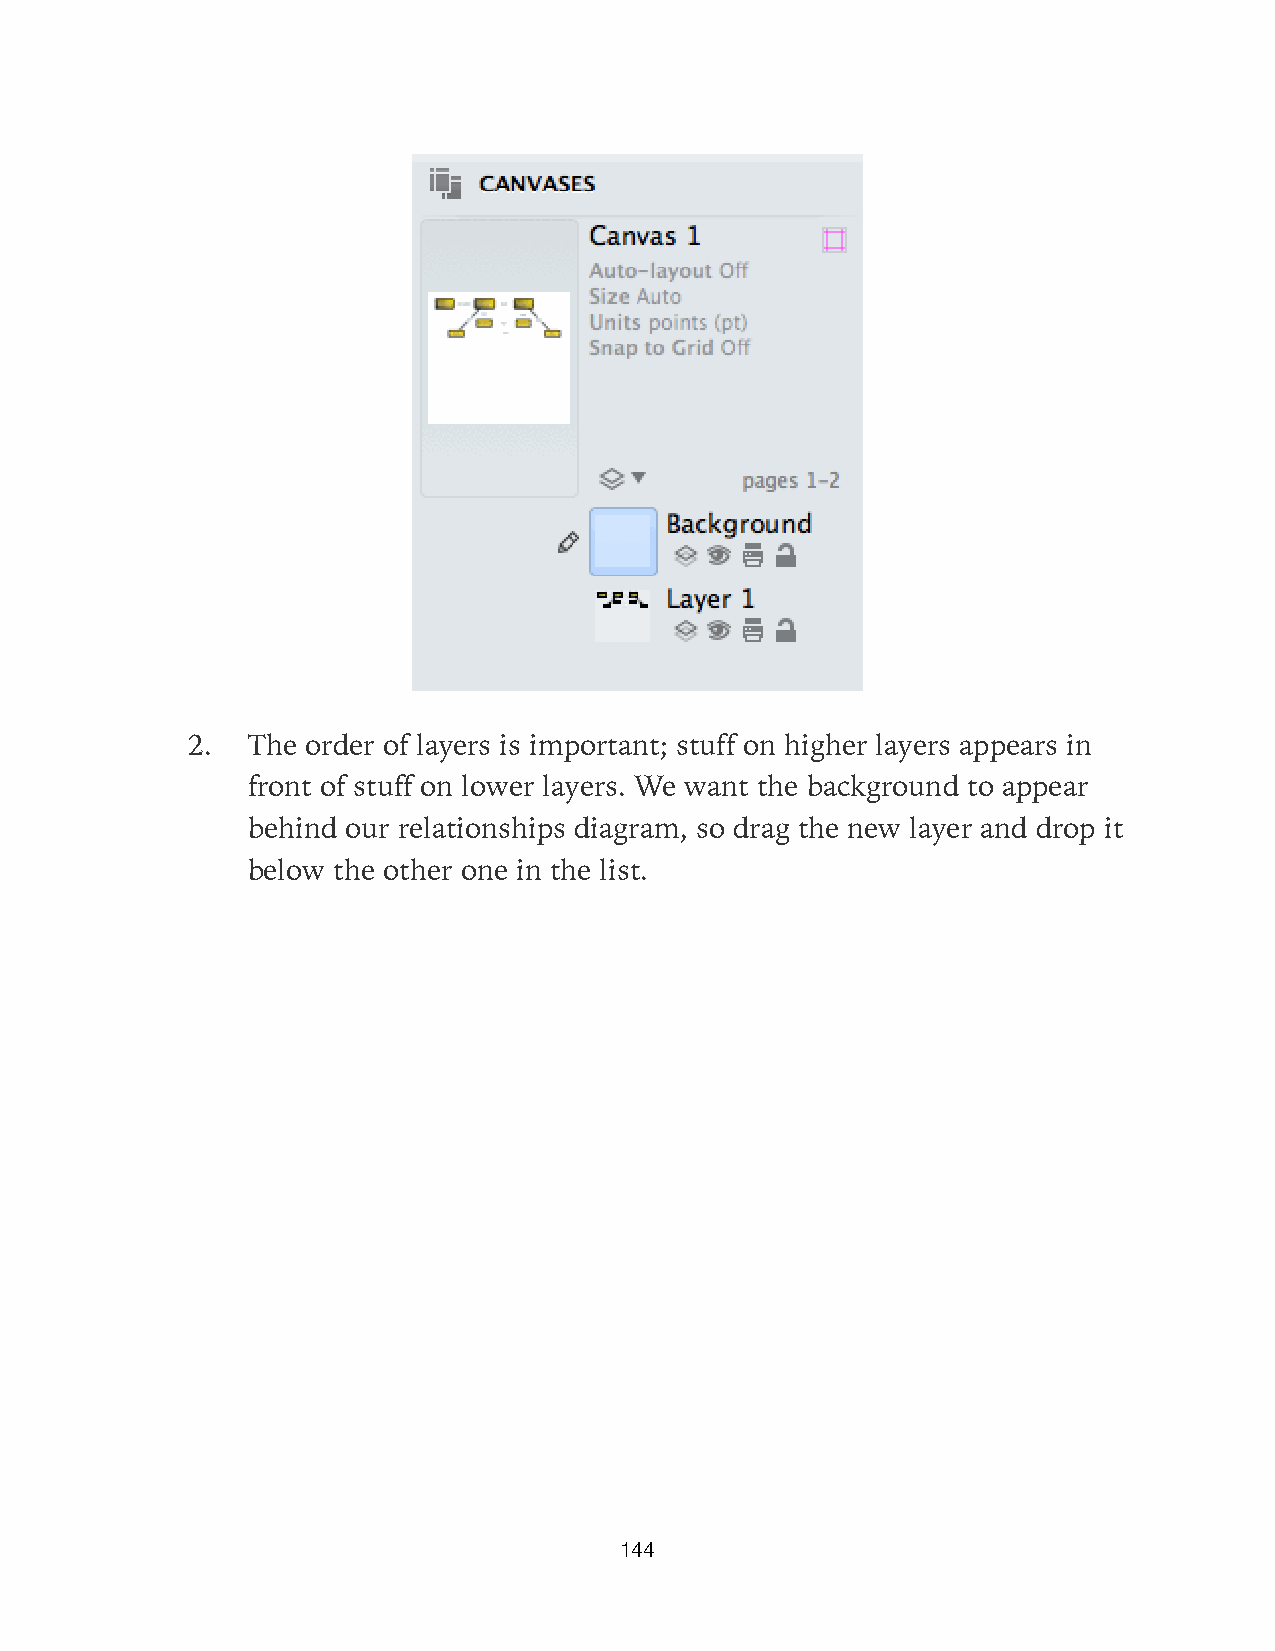
2.  The order of layers is important; stuff on higher layers appears in
 front of stuff on lower layers. We want the background to appear
 behind our relationships diagram, so drag the new layer and drop it
 below the other one in the list.
 144